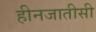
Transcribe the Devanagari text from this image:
हीनजातीसी